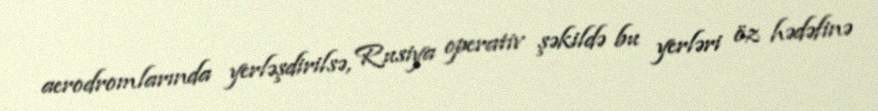
aerodromlarında yerləşdirilsə, Rusiya operativ şəkildə bu yerləri öz hədəfinə